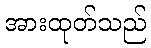
အားထုတ်သည်